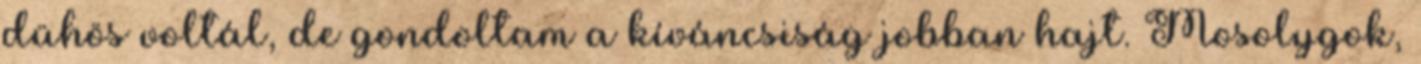
dühös voltál, de gondoltam a kíváncsiság jobban hajt. Mosolygok,